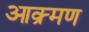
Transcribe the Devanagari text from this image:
आक्र्मण